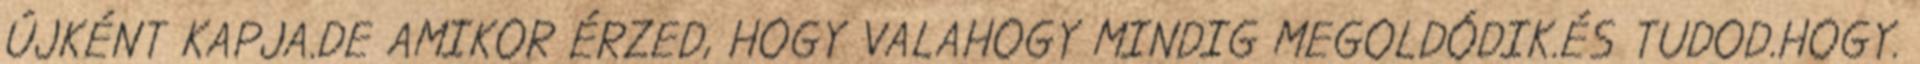
ÚJKÉNT KAPJA.DE AMIKOR ÉRZED, HOGY VALAHOGY MINDIG MEGOLDÓDIK.ÉS TUDOD.HOGY.